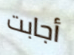
أجابت